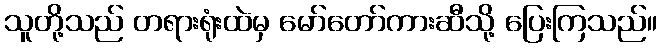
သူတို့သည် တရားရုံးထဲမှ မော်တော်ကားဆီသို့ ပြေးကြသည်။